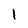
Character: i